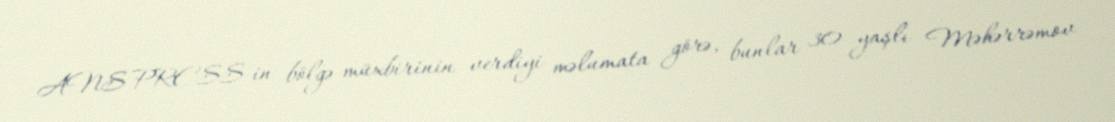
ANS PRESS-in bölgə müxbirinin verdiyi məlumata görə, bunlar 30 yaşlı Məhərrəmov